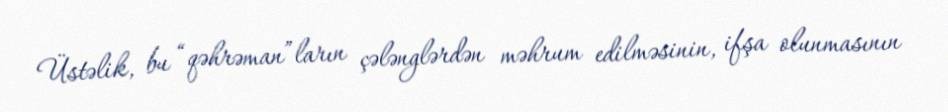
Üstəlik, bu “qəhrəman”ların çələnglərdən məhrum edilməsinin, ifşa olunmasının